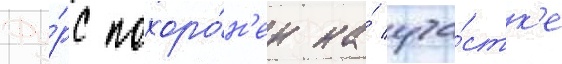
Фу́рс похоро́н'ен на́ уча́стк'е